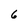
Character: 6